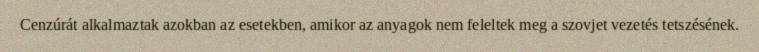
Cenzúrát alkalmaztak azokban az esetekben, amikor az anyagok nem feleltek meg a szovjet vezetés tetszésének.